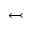
\leftarrowtail